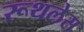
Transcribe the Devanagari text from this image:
रूथलेस